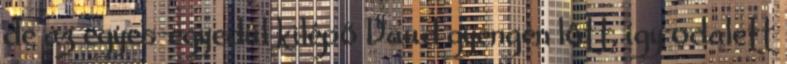
de az egyes-egyedül kilépő Daud gyengén lőtt, így odalett